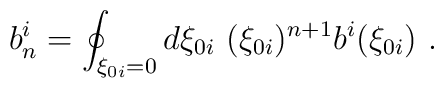
b_n^i=\oint _{\xi _{0i}=0}d\xi _{0i}\ (\xi _{0i})^{n+1}b^i(\xi _{0i})\ .